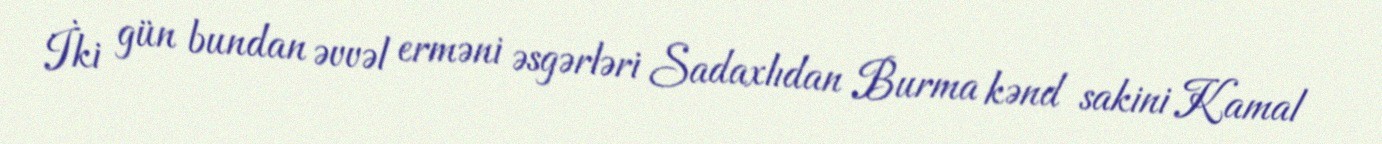
İki gün bundan əvvəl erməni əsgərləri Sadaxlıdan Burma kənd sakini Kamal